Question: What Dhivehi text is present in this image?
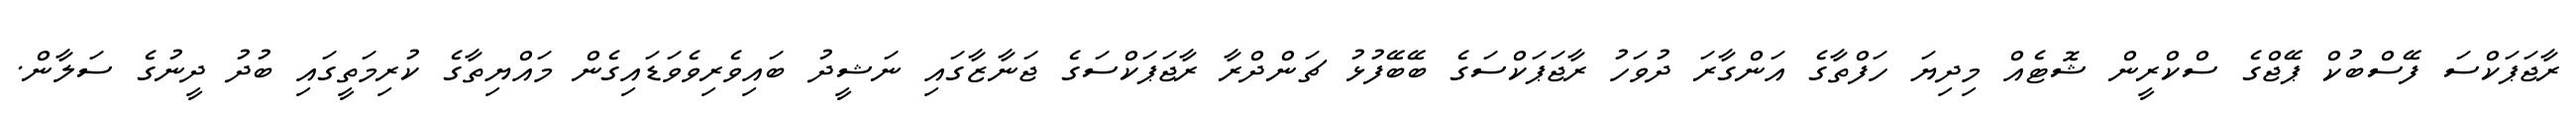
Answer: ރާޖަޕަކްސަ ފޭސްބުކް ޕޭޖްގެ ސްކްރީން ޝޮޓެއް މިދިޔަ ހަފްތާގެ އަންގާރަ ދުވަހު ރާޖަޕަކްސަގެ ބޭބޭފުޅު ޗަންދްރާ ރާޖަޕަކްސަގެ ޖަނާޒާގައި ނަޝީދު ބައިވެރިވެވަޑައިގެން މައްޔިތާގެ ކުރިމަތީގައި ބުދު ދީނުގެ ސަލާން.